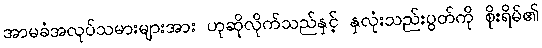
အာမခံအလုပ်သမားများအား ဟုဆိုလိုက်သည်နှင့် နှလုံးသည်းပွတ်ကို စိုးရိမ်၏